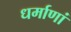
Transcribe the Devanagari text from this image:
धर्माणां